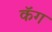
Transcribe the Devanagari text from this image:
कॅग